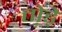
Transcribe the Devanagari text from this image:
तो़ड़े